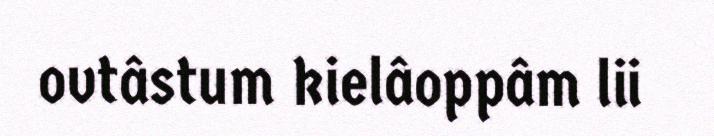
ovtâstum kielâoppâm lii